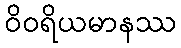
ဝိဝရိယမာနဿ